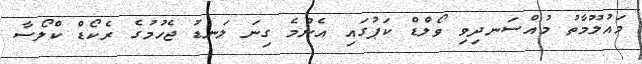
މައުލޫމާތު މުއްސަނދިވި ވޯލްޑް ކަޕުގައި އެންމެ ގިނަ ލަނޑު ޖެހުމުގެ ރެކޯޑް ކްލޯސާ